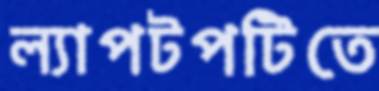
ল্যাপটপটিতে